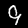
Digit: 9